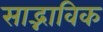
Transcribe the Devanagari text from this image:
साद्भाविक